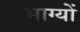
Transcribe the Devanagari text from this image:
भाग्यों